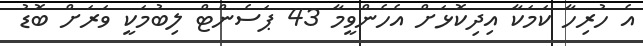
އެ ހުރިހާ ކަމަކާ އިދިކޮޅަށް އެހެންވީމާ 43 ޕަސެންޓް ލިބުމަކީ ވަރަށް ބޮޑު